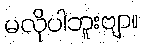
မလိုပါဘူးဗျာ။